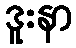
ဒူးနာ